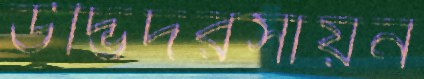
উদ্ভিদরসায়ন